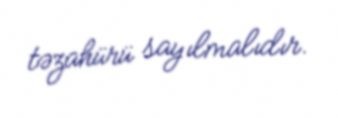
təzahürü sayılmalıdır.